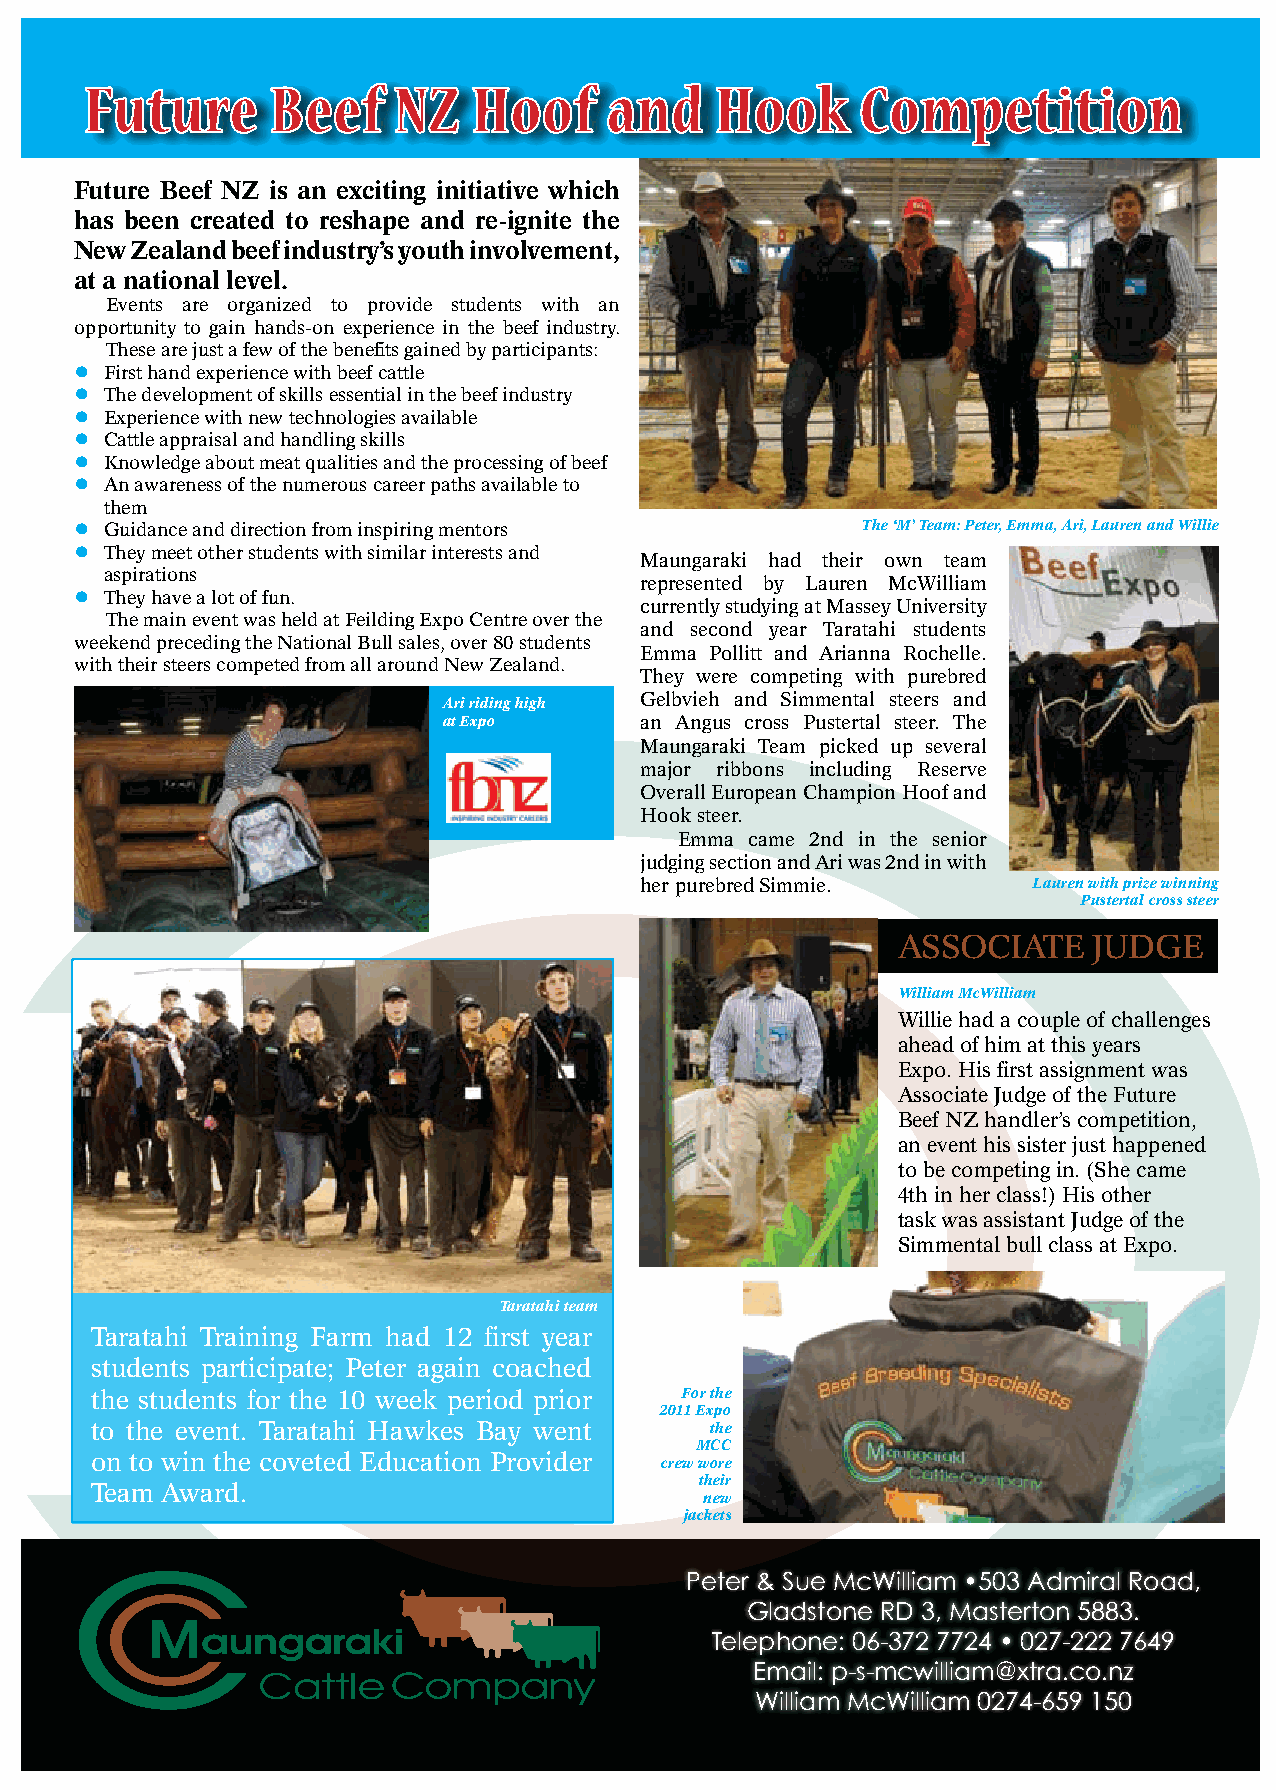
Future      Beef    NZ   Hoof     and    Hook      Competition
 Future Beef NZ is an exciting initiative which
 has been created to reshape and re-ignite the
 New Zealand beef industry’s youth involvement,
 at a national level.
 Events are organized to provide students with an
 opportunity to gain hands-on experience in the beef industry.
 These are just a few of the benefits gained by participants:
 • First hand experience with beef cattle
 • The development of skills essential in the beef industry
 • Experience with new technologies available
 • Cattle appraisal and handling skills
 • Knowledge about meat qualities and the processing of beef
 • An awareness of the numerous career paths available to
 them
 • Guidance and direction from inspiring mentors     The ‘M’ Team: Peter, Emma, Ari, Lauren and Willie
 • They meet other students with similar interests and
 Maungaraki had their own team
 aspirations
 represented by Lauren McWilliam
 • They have a lot of fun.
 currently studying at Massey University
 The main event was held at Feilding Expo Centre over the
 and second year Taratahi students
 weekend preceding the National Bull sales, over 80 students
 Emma Pollitt and Arianna Rochelle.
 with their steers competed from all around New Zealand.
 They were competing with purebred
 Ari riding high Gelbvieh and Simmental steers and
 at Expo      an Angus cross Pustertal steer. The
 Maungaraki Team picked up several
 major ribbons including Reserve
 Overall European Champion Hoof and
 Hook steer.
 Emma came 2nd in the senior
 judging section and Ari was 2nd in with
 her purebred Simmie.      Lauren with prize winning
 Pustertal cross steer
 ASSOCIATE    JUDGE
 William McWilliam
 Willie had a couple of challenges
 ahead of him at this years
 Expo. His first assignment was
 Associate Judge of the Future
 Beef NZ handler’s competition,
 an event his sister just happened
 to be competing in. (She came
 4th in her class!) His other
 task was assistant Judge of the
 Simmental bull class at Expo.
 Taratahi team
 Taratahi Training Farm had 12 first year
 students participate; Peter again coached
 the students for the 10 week period prior For the
 2011 Expo
 to the event. Taratahi Hawkes Bay went   the
 MCC
 on to win the coveted Education Provider crew wore
 their
 Team Award.
 new
 jackets
 Peter & Sue McWilliam •503 Admiral Road,
 Gladstone RD 3, Masterton 5883.
 Telephone: 06-372 7724 • 027-222 7649
 Email: p-s-mcwilliam@xtra.co.nz
 William McWilliam 0274-659 150